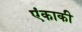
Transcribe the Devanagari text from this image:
एंकाकी